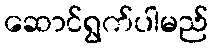
ဆောင်ရွက်ပါမည်